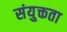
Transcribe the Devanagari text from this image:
संयु्क्तता